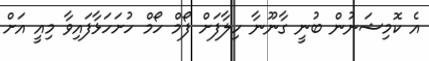
އެ ކޮމިޝަނުން ބުނީ ގާނޫނާ ހިލާފަށް ފޯމް ހޯމް ހުށަހަޅާފައިވާ މިއީ އަށް